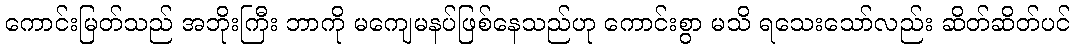
ကောင်းမြတ်သည် အဘိုးကြီး ဘာကို မကျေမနပ်ဖြစ်နေသည်ဟု ကောင်းစွာ မသိ ရသေးသော်လည်း ဆိတ်ဆိတ်ပင်